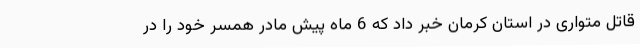
قاتل متواری در استان کرمان خبر داد که 6 ماه پیش مادر همسر خود را در